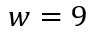
w = 9